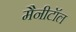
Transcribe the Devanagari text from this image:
मैनीटॉल